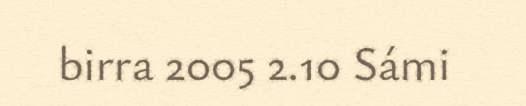
birra 2005 2.10 Sámi